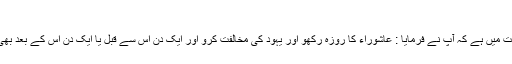
(مسلم)
ایک اور روایت میں ہے کہ آپؐ نے فرمایا : عاشوراء کا روزہ رکھو اور یہود کی مخالفت کرو اور ایک دن اس سے قبل یا ایک دن اس کے بعد بھی روزہ رکھو۔